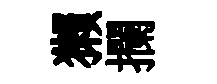
獺攔